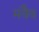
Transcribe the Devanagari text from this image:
मयैव